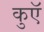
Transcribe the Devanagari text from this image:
कुएॅ